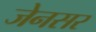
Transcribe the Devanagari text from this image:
जेनसर